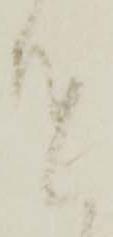
遣